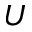
U